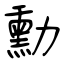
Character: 勳